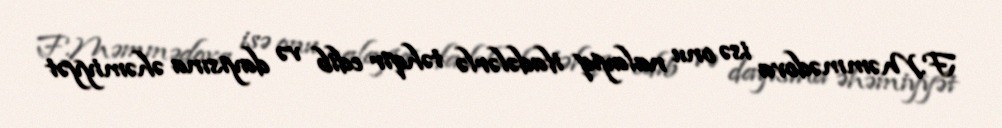
F.Məmmədova isə onu nalayiq ifadələrlə təhqir edib və dayısına əhəmiyyət